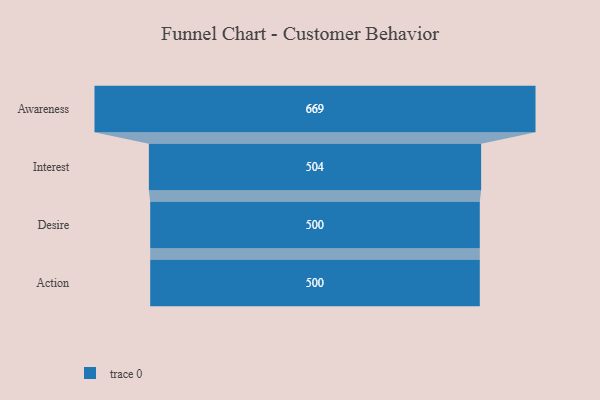
{"axis": {"x": "Stage", "y": "Value"}, "legend": [""], "data": [{"x": "Awareness", "y": 669.0, "type": ""}, {"x": "Interest", "y": 504.0, "type": ""}, {"x": "Desire", "y": 500, "type": ""}, {"x": "Action", "y": 500, "type": ""}]}